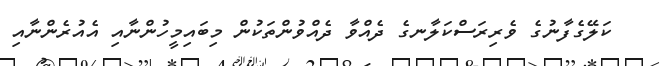
ކަލޭގެފާނުގެ ވެރިރަސްކަލާނގެ ދެއްވާ ދެއްވުންތަކުން މިބައިމީހުންނާއި އެއުރެންނާއި